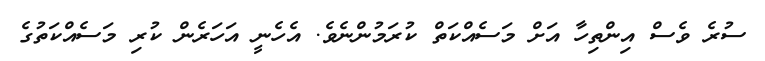
ސުރެ ވެސް އިންތިހާ އަށް މަސެއްކަތް ކުރަމުންނެވެ. އެހެނީ އަހަރެން ކުރި މަސެއްކަތުގެ